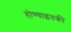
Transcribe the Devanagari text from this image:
होण्याइतकी